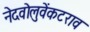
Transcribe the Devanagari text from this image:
नेदवोलुवेंकटराव